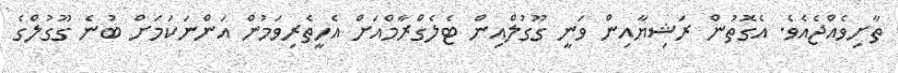
ތާށިވެއްޖެއެވެ. އެގޮތުން ރަޝިޔާއިން ވަނީ ގޫގުލްއިން ޓެލެގްރާމްއަށް އެހީތެރިވަމުން އަންނަކަމަށް ބުނެ ގޫގުލްގެ